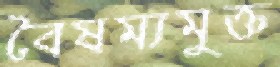
বৈষম্যমুক্ত